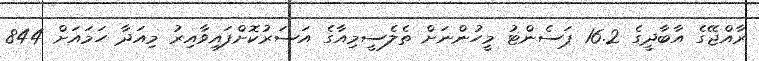
ރާއްޖޭގެ އާބާދީގެ 16.2 ޕަސެންޓު މީހުންނަށް ތެލެސީމިއާގެ އަސަރުކޮށްފައިވާއިރު މިއަދާ ހަމައަށް 844